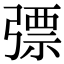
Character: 𢐕